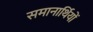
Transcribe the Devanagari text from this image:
समानार्थियों